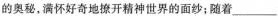
随着的奥秘，满怀好奇地撩开精神世界的面纱；随着___